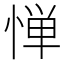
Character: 惮